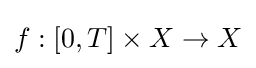
f:[0,T]\times X\to X